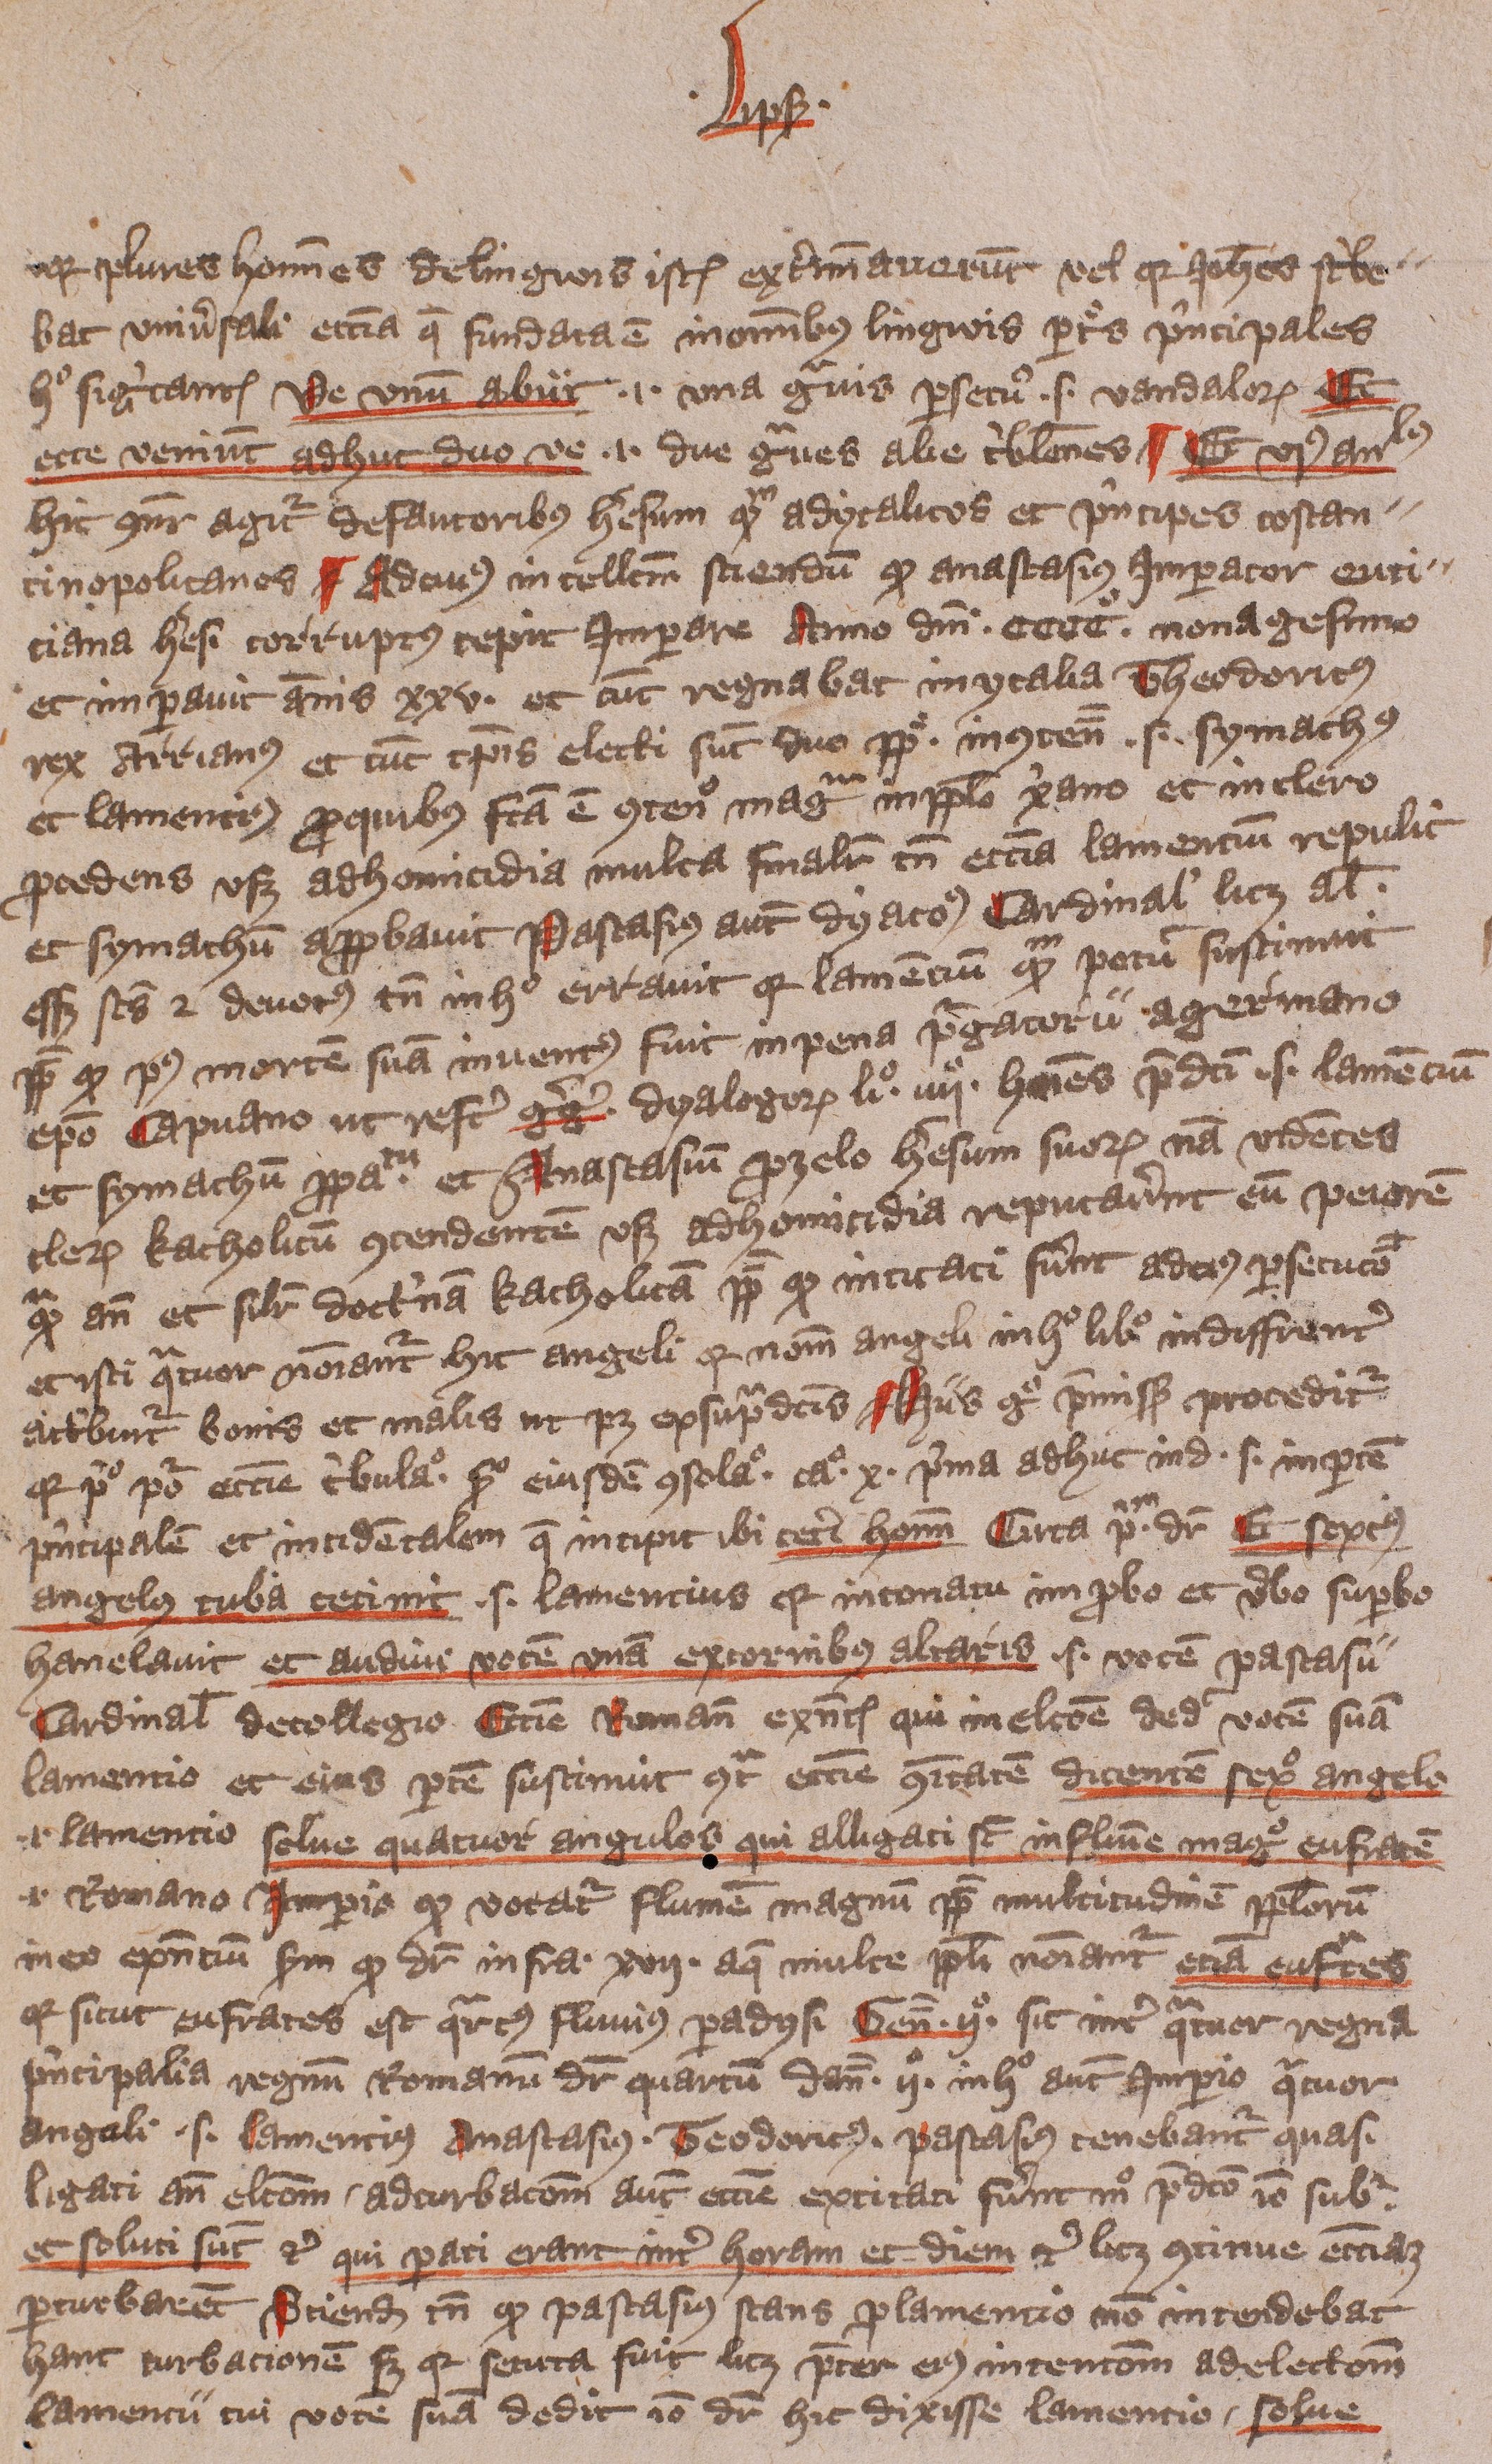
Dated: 1405–1407